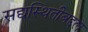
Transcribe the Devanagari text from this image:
सद्यस्थितीबद्दल